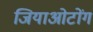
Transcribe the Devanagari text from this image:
जियाओटोंग